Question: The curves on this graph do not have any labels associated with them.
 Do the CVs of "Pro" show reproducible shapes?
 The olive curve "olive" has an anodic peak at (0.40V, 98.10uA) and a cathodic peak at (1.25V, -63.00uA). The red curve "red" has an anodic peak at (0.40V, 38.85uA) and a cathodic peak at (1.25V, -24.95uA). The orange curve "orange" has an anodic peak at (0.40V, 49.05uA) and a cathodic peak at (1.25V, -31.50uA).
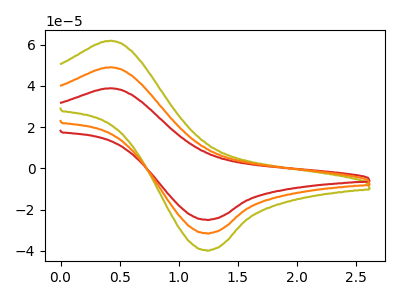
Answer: <think>All the peaks in "olive" have a peak in "red" at the same potential. Every peak in "olive" is higher than every peak in "red". All the peaks in "olive" have a peak in "orange" at the same potential. Every peak in "olive" is higher than every peak in "orange". All the peaks in "red" have a peak in "orange" at the same potential. Every peak in "red" is lower than every peak in "orange".
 </think>
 <answer>All the CV's of "Pro" have similar shape.</answer>
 <eval>follow_rule</eval>